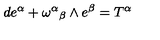
d e ^ { \alpha } + { { \omega } ^ { \alpha } } _ { \beta } \wedge e ^ { \beta } = T ^ { \alpha }